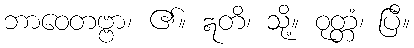
ဘာဝေတဗ္ဗာ၊ ၏။ ဣတိ၊ သို့။ ဝုတ္တံ၊ ပြီ။